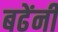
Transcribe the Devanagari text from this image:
बढेंनी